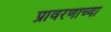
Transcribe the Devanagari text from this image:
प्रावरणाच्या